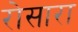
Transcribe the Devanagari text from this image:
रोसारा